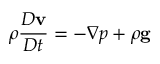
\rho { \frac { D \mathbf { v } } { D t } } = - \nabla p + \rho \mathbf { g }